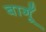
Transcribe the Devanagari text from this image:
बागूँ